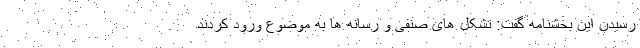
رسیدن این بخشنامه گفت: تشکل های صنفی و رسانه ها به موضوع ورود کردند